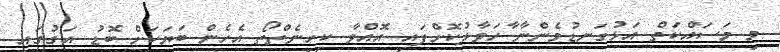
މި މަސައްކަތް އަޅުގަނޑުމެންނާ ާހަވާލުކޮށްފައި އޮއްވާ ކިހިނެތްތޯ އެހެން ބަޔަކަށް ބޮޑު އަގުގައި